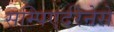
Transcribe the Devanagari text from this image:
सम्पिएर्दरेनेसे